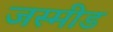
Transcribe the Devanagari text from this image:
जस्मीड